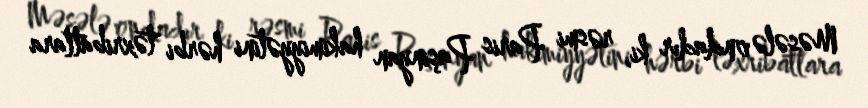
Məsələ ondadır ki, rəsmi Paris Paşinyan hakimiyyətini hərbi təxribatlara